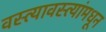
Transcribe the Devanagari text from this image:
वस्त्यावस्त्यांमधून